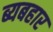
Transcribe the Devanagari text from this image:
ब्यबहार